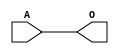
module MJBUFC(A, O);
input   A;
output  O;
buf g0(O, A);
endmodule